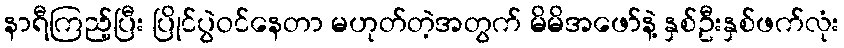
နာရီကြည့်ပြီး ပြိုင်ပွဲဝင်နေတာ မဟုတ်တဲ့အတွက် မိမိအဖော်နဲ့ နှစ်ဦးနှစ်ဖက်လုံး